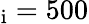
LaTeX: _\mathrm{i}=500